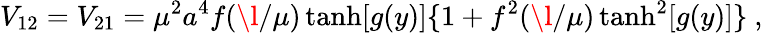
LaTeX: V_{12}=V_{21}=\mu^{2}a^{4}f(\l/\mu)\operatorname{tanh}[g(y)]\{ 1+f^{2}(\l/\mu)\operatorname{tanh}^{2}[g(y)]\} ~,